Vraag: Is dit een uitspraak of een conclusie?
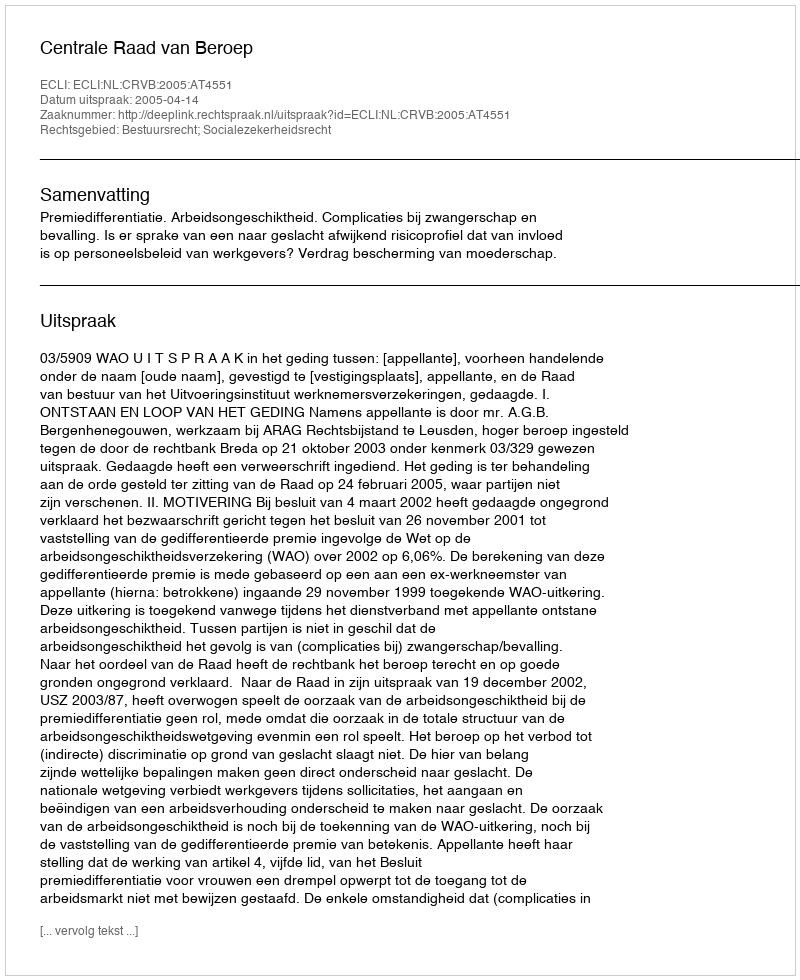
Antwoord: Uitspraak